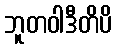
ဘူတဝါဒီတိပိ